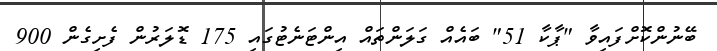
ބޭނުންކޮށްފައިވާ "ޕާކާ 51" ބައެއް ގަލަންތައް އިންޓަނެޓުގައި 175 ޑޮލަރުން ފެށިގެން 900